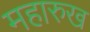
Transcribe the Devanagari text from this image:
महारुख